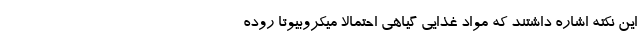
این نکته اشاره داشتند که مواد غذایی گیاهی احتمالا میکروبیوتا روده